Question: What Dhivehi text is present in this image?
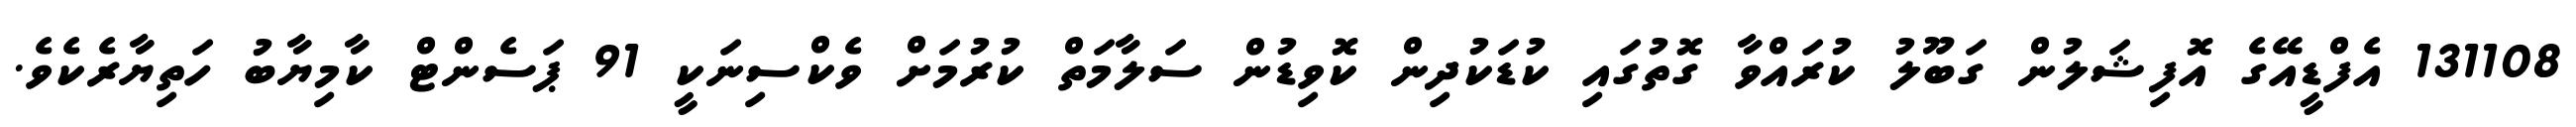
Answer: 131108 އެފްޑީއޭގެ އޮފިޝަލުން ގަބޫލު ކުރައްވާ ގޮތުގައި ކުޑަކުދިން ކޮވިޑުން ސަލާމަތް ކުރުމަށް ވެކްސިނަކީ 91 ޕަސެންޓް ކާމިޔާބު ހަތިޔާރެކެވެ.